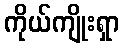
ကိုယ်ကျိုးရှာ